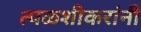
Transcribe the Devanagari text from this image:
त्पळशीकरांनी